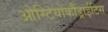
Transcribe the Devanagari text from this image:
ओस्टियोकौंड्राईटिस